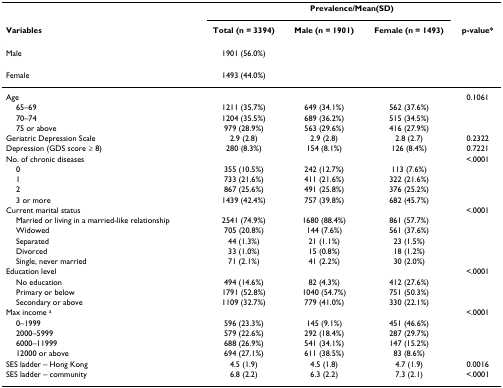
<table><thead><tr><td></td><td colspan="4"><b>Prevalence/Mean(SD)</b></td></tr><tr><td><b>Variables</b></td><td><b>Total (n = 3394)</b></td><td><b>Male (n = 1901)</b></td><td><b>Female (n = 1493)</b></td><td><b>p-value*</b></td></tr></thead><tbody><tr><td>Male</td><td>1901 (56.0%)</td><td></td><td></td><td></td></tr><tr><td>Female</td><td>1493 (44.0%)</td><td></td><td></td><td></td></tr><tr><td>Age</td><td></td><td></td><td></td><td>0.1061</td></tr><tr><td> 65–69</td><td>1211 (35.7%)</td><td>649 (34.1%)</td><td>562 (37.6%)</td><td></td></tr><tr><td> 70–74</td><td>1204 (35.5%)</td><td>689 (36.2%)</td><td>515 (34.5%)</td><td></td></tr><tr><td> 75 or above</td><td>979 (28.9%)</td><td>563 (29.6%)</td><td>416 (27.9%)</td><td></td></tr><tr><td>Geriatric Depression Scale</td><td>2.9 (2.8)</td><td>2.9 (2.8)</td><td>2.8 (2.7)</td><td>0.2322</td></tr><tr><td>Depression (GDS score ≥ 8)</td><td>280 (8.3%)</td><td>154 (8.1%)</td><td>126 (8.4%)</td><td>0.7221</td></tr><tr><td>No. of chronic diseases</td><td></td><td></td><td></td><td>&lt;.0001</td></tr><tr><td> 0</td><td>355 (10.5%)</td><td>242 (12.7%)</td><td>113 (7.6%)</td><td></td></tr><tr><td> 1</td><td>733 (21.6%)</td><td>411 (21.6%)</td><td>322 (21.6%)</td><td></td></tr><tr><td> 2</td><td>867 (25.6%)</td><td>491 (25.8%)</td><td>376 (25.2%)</td><td></td></tr><tr><td> 3 or more</td><td>1439 (42.4%)</td><td>757 (39.8%)</td><td>682 (45.7%)</td><td></td></tr><tr><td>Current marital status</td><td></td><td></td><td></td><td>&lt;.0001</td></tr><tr><td> Married or living in a married-like relationship</td><td>2541 (74.9%)</td><td>1680 (88.4%)</td><td>861 (57.7%)</td><td></td></tr><tr><td> Widowed</td><td>705 (20.8%)</td><td>144 (7.6%)</td><td>561 (37.6%)</td><td></td></tr><tr><td> Separated</td><td>44 (1.3%)</td><td>21 (1.1%)</td><td>23 (1.5%)</td><td></td></tr><tr><td> Divorced</td><td>33 (1.0%)</td><td>15 (0.8%)</td><td>18 (1.2%)</td><td></td></tr><tr><td> Single, never married</td><td>71 (2.1%)</td><td>41 (2.2%)</td><td>30 (2.0%)</td><td></td></tr><tr><td>Education level</td><td></td><td></td><td></td><td>&lt;.0001</td></tr><tr><td> No education</td><td>494 (14.6%)</td><td>82 (4.3%)</td><td>412 (27.6%)</td><td></td></tr><tr><td> Primary or below</td><td>1791 (52.8%)</td><td>1040 (54.7%)</td><td>751 (50.3%)</td><td></td></tr><tr><td> Secondary or above</td><td>1109 (32.7%)</td><td>779 (41.0%)</td><td>330 (22.1%)</td><td></td></tr><tr><td>Max income <sup>a</sup></td><td></td><td></td><td></td><td>&lt;.0001</td></tr><tr><td> 0–1999</td><td>596 (23.3%)</td><td>145 (9.1%)</td><td>451 (46.6%)</td><td></td></tr><tr><td> 2000–5999</td><td>579 (22.6%)</td><td>292 (18.4%)</td><td>287 (29.7%)</td><td></td></tr><tr><td> 6000–11999</td><td>688 (26.9%)</td><td>541 (34.1%)</td><td>147 (15.2%)</td><td></td></tr><tr><td> 12000 or above</td><td>694 (27.1%)</td><td>611 (38.5%)</td><td>83 (8.6%)</td><td></td></tr><tr><td>SES ladder – Hong Kong</td><td>4.5 (1.9)</td><td>4.5 (1.8)</td><td>4.7 (1.9)</td><td>0.0016</td></tr><tr><td>SES ladder – community</td><td>6.8 (2.2)</td><td>6.3 (2.2)</td><td>7.3 (2.1)</td><td>&lt;.0001</td></tr></tbody></table>